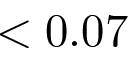
< 0 . 0 7